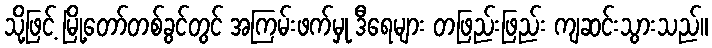
သို့ဖြင့် မြို့တော်တစ်ခွင်တွင် အကြမ်းဖက်မှု ဒီရေများ တဖြည်းဖြည်း ကျဆင်းသွားသည်။